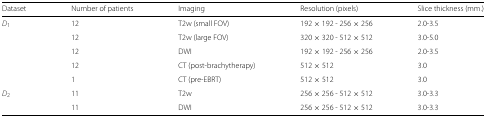
| Dataset | Number of patients | Imaging | Resolution (pixels) | Slice thickness (mm.) |
 | --- | --- | --- | --- | --- |
 | D1 | 12 | T2w (small FOV) | 192×192 - 256×256 | 2.0-3.5 |
 |  | 12 | T2w (large FOV) | 320×320 - 512×512 | 3.0-5.0 |
 |  | 12 | DWI | 192×192 - 256×256 | 2.0-3.5 |
 |  | 12 | CT (post-brachytherapy) | 512×512 | 3.0 |
 |  | 1 | CT (pre-EBRT) | 512×512 | 3.0 |
 | D2 | 11 | T2w | 256×256 - 512×512 | 3.0-3.3 |
 |  | 11 | DWI | 256×256 - 512×512 | 3.0-3.3 |